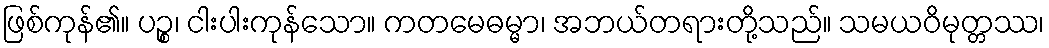
ဖြစ်ကုန်၏။ ပဉ္စ၊ ငါးပါးကုန်သော။ ကတမေဓမ္မာ၊ အဘယ်တရားတို့သည်။ သမယဝိမုတ္တဿ၊